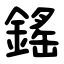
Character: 鎐